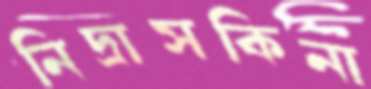
নিদ্রাসকিনা